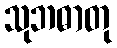
သုဘဓာတု